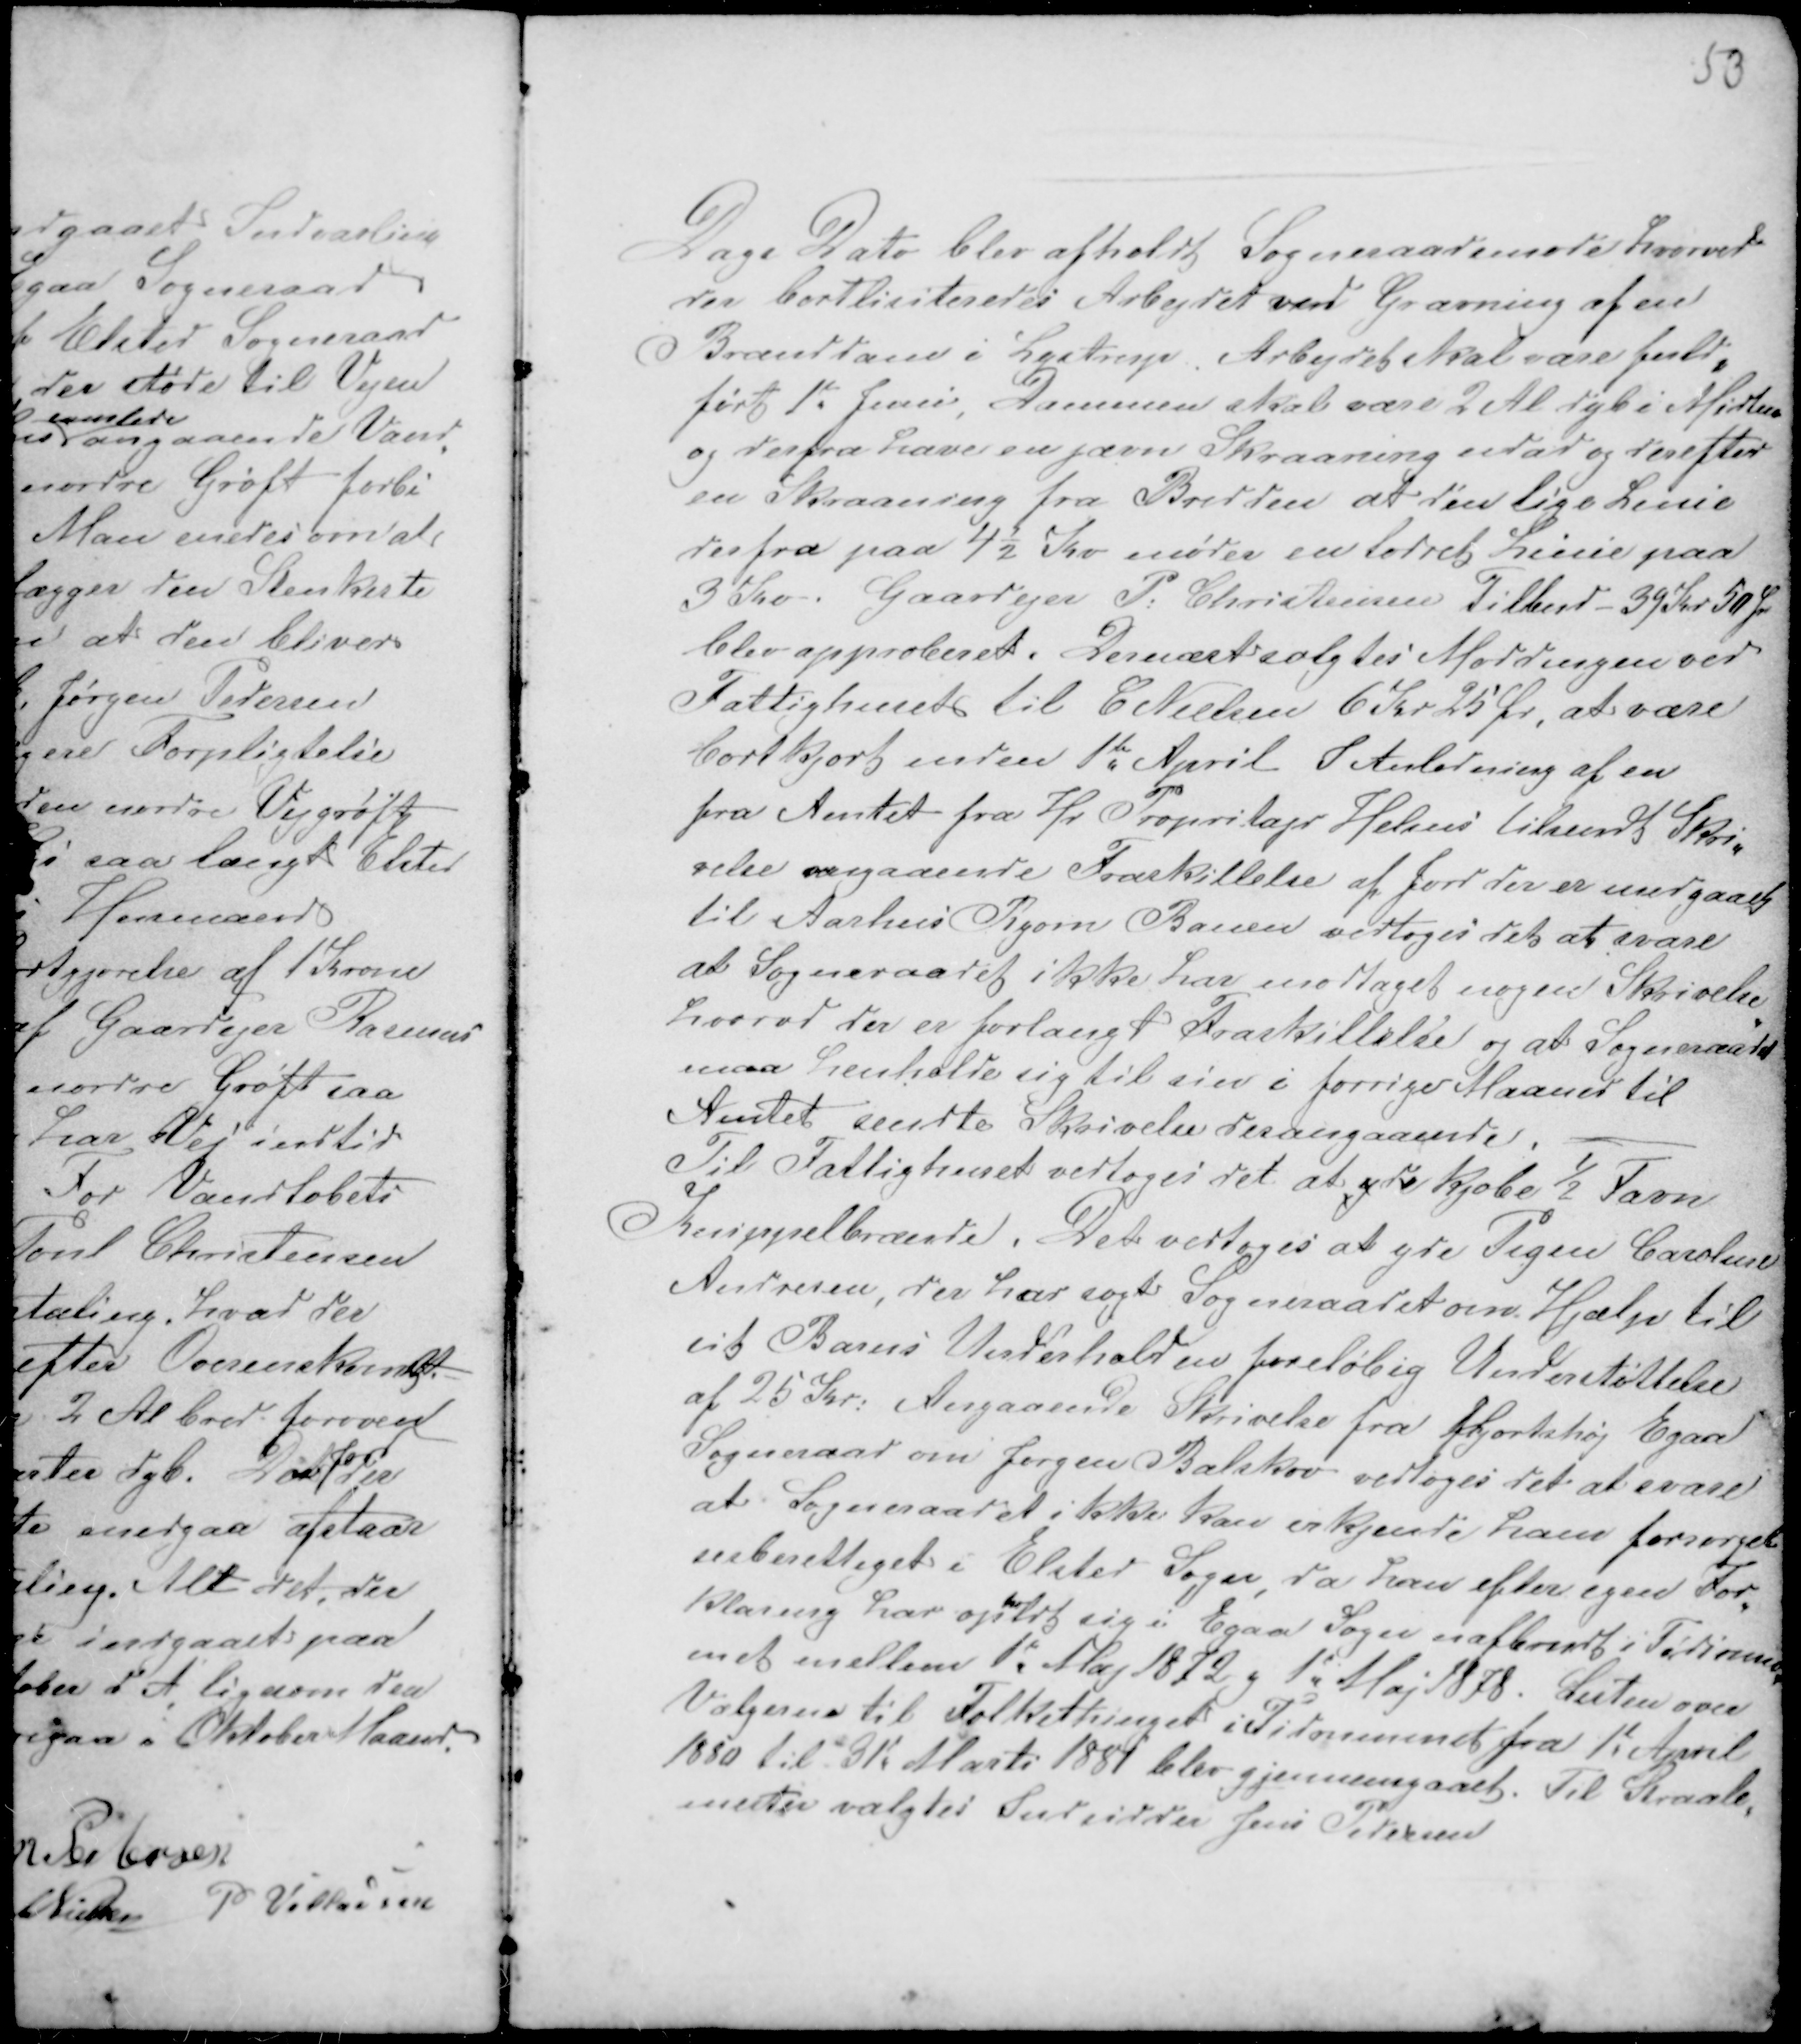
Transskription:
53

Dags Dato blev afholdt Sogneraadsmøde hvorved
der bortlisiteredes Arbejdet ved Gravning af en
Branddam i Lystrup. Arbejdet skal være fuld-
ført 1te Juni, Dammen skal være 2 Al dyb i Midten
og derfra have en jævn Skraaning udad og derefter
en Skraaning fra Bredden at den lige Linie
derfra paa 4½ Kv mødes en lodret Linie paa
3 Kv. Gaardejer P: Christensen Tilbud 39 Kr 50 Ør
blev approberet. Dernæst solgtes Møddingen ved
Fattighuset til C Nielsen 6 Kr 25 Ør, at være
bortkjørt inden 1te April I Anledning af en
fra Amtet fra Hr Propritajr Helms tilsendt Skri-
velse angaaende Fraskillelse af Jord der er medgaaet
til Aarhus Ryom Banen vedtoges det at svare
at Sogneraadet ikke har modtaget nogen Skrivelse
hvorvd der er forlangt Fraskillelse og at Sogneraadet
maa henholde sig til sin i forrige Maaned til
Amtet sendte Skrivelse desangaaende. -
Til Fattighuset vedtoges det at yde kjøbe ½ Favn
Knippelbrænde. Det vedtoges at yde Pigen Caroline
Andresen, der har søgt Sogneraadet om Hjælp til
sit Barns Underhold en foreløbig Understøttelse
af 25 Kr: Angaaende Skrivelse fra Hjortshøj Egaa
Sogneraad om Jørgen Balskov vedtoges det at svare
at Sogneraadet ikke kan erkjende ham forsørgel-
sesberettiget i Elsted Sogn, da han efter egen For-
klaring har opholdt sig i Egaa Sogn uafbrudt i Tidsrum-
met mellem 1d Maj 1872 g 1d Maj 1878. Listen over
Vælgerne til Folkethinget i Tidsrummet fra 1t April
1880 til 31t Marts 1881 blev gjennemgaaet. Til Straale-
mester valgtes Indsidder Jens Pedersen